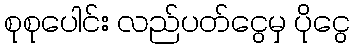
စုစုပေါင်း လည်ပတ်ငွေမှ ပိုငွေ